Sanitation, dispensaries and jails vaccination Rajputana 1922-1927 - 1922-1927
Year: 1922
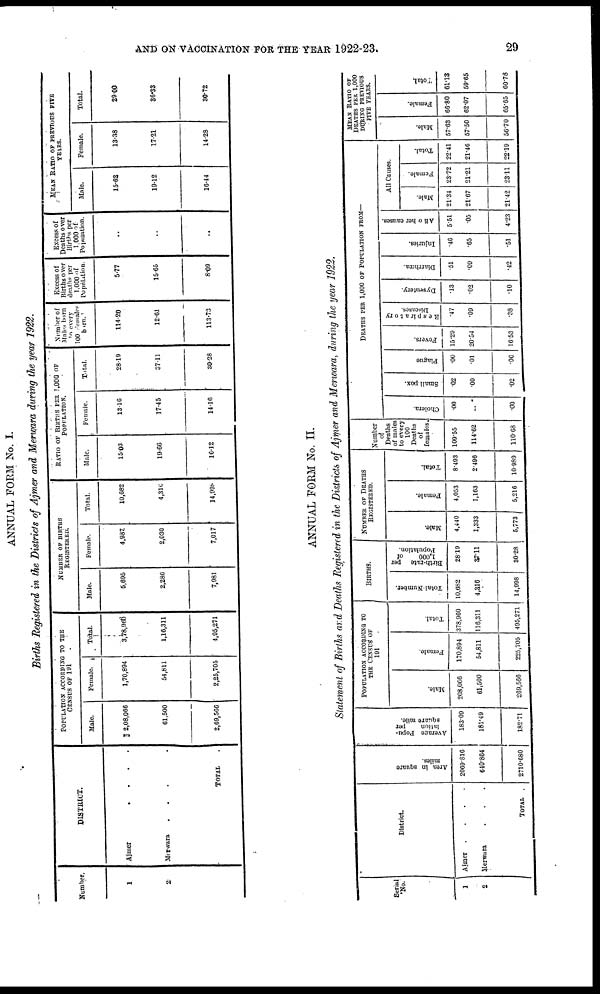
AND ON VACCINATION FOR THE YEAR 1922-23.
29
ANNUAL FORM No. I.
Births Registered in the Districts of Ajmer and Merwara during the year 1922.
Number.
1
2.
DISTRICT.
Ajmer
....
Merwara
...
TOTAL .
POPULATION ACCORDING TO THE
CENSUS OF 191 .
Male.
2,08,066
61,500
2,69,566
Female.
1,70,894
54,811
2,25,705
Total.
3,78,966
1,16,311
4,95,271
NUMBER OF BIRTHS
REGISTERED.
Male.
5,695
2,286
7,981
Female.
4,937.
2,030
7,017
Total.
10,682
4,316
14,998
RATIO OF BIRTHS PER 1,000 OF
POPULATION.
Male.
15.03
19.66
16.12
Female.
13.16
17.45
14.10
Total.
28.19
37.11
30.28
Number of
Males born
to every
100 Females
born.
114.20
12.61
113.73
Excess of
Births over
deaths per
1,000 of
Population.
5.77
15.65
8.09
Excess of
Deaths over
Births per
1,000 of
Population.
..
..
..
MEAN RATIO OF PREVIOUS FIVE
YEARS.
Male.
15.62
19.12
16.44
Female.
13.38
17.21
14.28
Total.
29.00
36.33
30.72
ANNUAL FORM NO. II.
Statement of Births and Deaths Registered in the Districts of Ajmer and Merwara, during the year 1922.
Serial
No.
1
2
District.
Ajmer
.
.
.
.
Merwara . . .
TOTAL .
Area in square
miles.
2069.816
640.864
2710.680
Average Popu-
lation
per
square mile.
183.09
181.49
182.71
POPULATION ACCORDING TO
THE CENSUS OF
191 .
Male.
208,066
61,500
269,560
Female.
170,894
54,811
225,705
Total.
378,960
116,311
495,271
BIRTHS.
Total Number.
10,682
4,316
14,998
Birth-rate per
1,000
of
Population.
28.19
37.11
30.28
NUMBER OF DEATHS
REGISTERED.
Male.
4,440
1,333
5,773
Female.
4,053
1,163
5,216
Total.
8.493
2.496
10.989
Number
of
Deaths
of males
to every
100
Deaths
of
females.
109.55
114.62
110.08
DEATHS PER 1,000 OF POPULATION FROM—
Cholera.
.00
..
.00
Small-pox.
.02
.00
.02
Plague
00
.01
.00
Fevers.
15.29
20.54
16.53
Respiratory
Diseases.
.47
.09
.38
Dysentery.
.13
.02
.10
Diarrhœa.
.51
.09
.42
Injuries.
.46
.65
.51
All other causes.
5.51
.05
4.23
All Causes.
Male.
21.34
21.67
21.42
Female.
23.72
21.21
2311
Total.
22.41
21.46
22.19
MEAN RATIO OF
DEATHS PER 1,000
DURING PREVIOUS
FIVE YEARS.
Male.
57.63
57.50
56.70
Female.
66.80
62.07
65.65
Total.
61.13
59.65
60.78